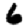
Digit: 6